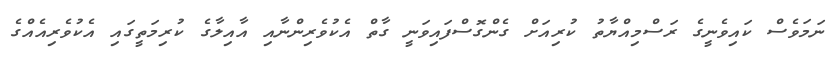
ނަމަވެސް ކައިވެނީގެ ރަސްމިއްޔާތު ކުރިއަށް ގެންގޮސްފައިވަނީ ގާތް އެކުވެރިންނާއި އާއިލާގެ ކުރިމަތީގައި އެކުވެރިއެއްގެ